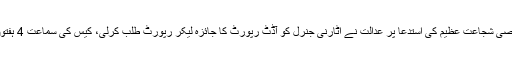
سابق معاون خصوصی شجاعت عظیم کی استدعا پر عدالت نے اٹارنی جنرل کو آڈٹ رپورٹ کا جائزہ لیکر رپورٹ طلب کرلی، کیس کی سماعت 4 ہفتوں بعد دوبارہ ہوگی۔